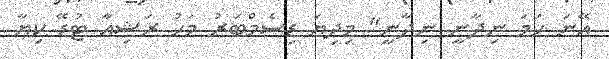
އޭނަ ހަމަ ނިދާނީ ނިދާނީ" މިދިޔަ ޑިސެމްބަރު މަހު ރަޝިއާ ޓުޑޭ ކިޔާ